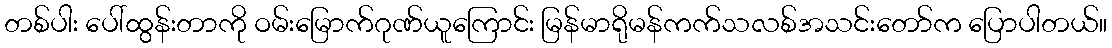
တစ်ပါး ပေါ်ထွန်းတာကို ဝမ်းမြောက်ဂုဏ်ယူကြောင်း မြန်မာရိုမန်ကက်သလစ်အသင်းတော်က ပြောပါတယ်။